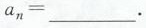
$$a _ { n } =___$$ 。